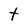
Character: t